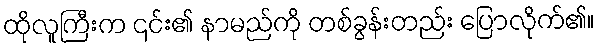
ထိုလူကြီးက ၎င်း၏ နာမည်ကို တစ်ခွန်းတည်း ပြောလိုက်၏။